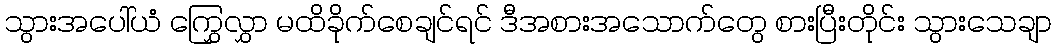
သွားအပေါ်ယံ ကြွှေလွှာ မထိခိုက်စေချင်ရင် ဒီအစားအသောက်တွေ စားပြီးတိုင်း သွားသေချာ